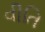
વીતિ